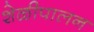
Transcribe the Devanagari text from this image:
शेळीपालन